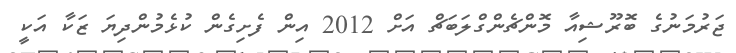
ޖަރުމަނުގެ ބޮރޫޝިއާ މޮންޗެންގްލަބަޗް އަށް 2012 އިން ފެށިގެން ކުޅެމުންދިޔަ ޒަކާ އަކީ